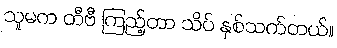
သူမက တီဗီ ကြည့်တာ သိပ် နှစ်သက်တယ်။